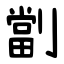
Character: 劏